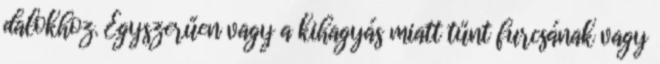
dalokhoz. Egyszerűen vagy a kihagyás miatt tűnt furcsának vagy